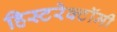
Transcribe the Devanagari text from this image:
हिस्टरेक्टॉमी